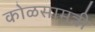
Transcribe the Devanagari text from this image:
कोळसामंत्री